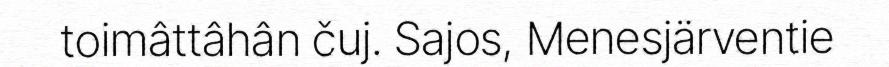
toimâttâhân čuj. Sajos, Menesjärventie